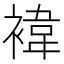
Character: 褘